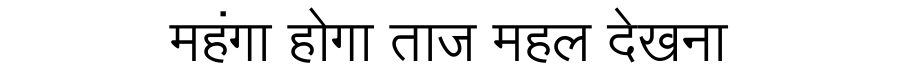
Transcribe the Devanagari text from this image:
महंगा होगा ताज महल देखना